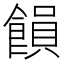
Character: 𮩉